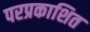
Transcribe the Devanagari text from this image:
परप्रकाशित